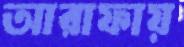
আরাফায়